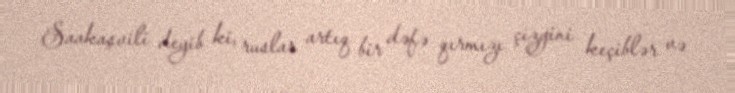
Saakaşvili deyib ki, ruslar artıq bir dəfə qırmızı çizgini keçiblər və